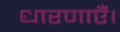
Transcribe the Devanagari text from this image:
धारणाएँ।